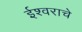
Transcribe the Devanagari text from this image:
ईश्‍वराचे